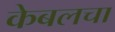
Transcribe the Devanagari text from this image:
केबलचा